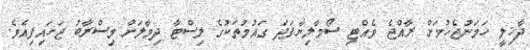
ދާޚިލީ ހަމަނުޖެހުމަށް ރާއްޖެ ވެއްޓި ސޯމާލިޔާފަދަ ގައުމުތަކުގެ ލިސްޓާ ދިމާލަށް މިސްރާބު ޖަހައިފިއެވެ.